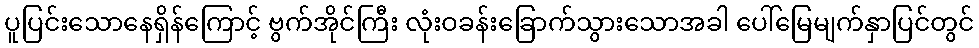
ပူပြင်းသောနေရှိန်ကြောင့် ဗွက်အိုင်ကြီး လုံးဝခန်းခြောက်သွားသောအခါ ပေါ်မြေမျက်နှာပြင်တွင်